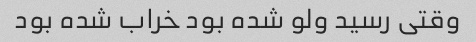
وقتی رسید ولو شده بود خراب شده بود